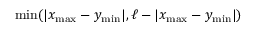
\operatorname* { m i n } ( \vert x _ { \mathrm { m a x } } - y _ { \mathrm { m i n } } \vert , \ell - \vert x _ { \mathrm { m a x } } - y _ { \mathrm { m i n } } \vert )